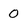
Character: 0